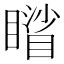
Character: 𥋐